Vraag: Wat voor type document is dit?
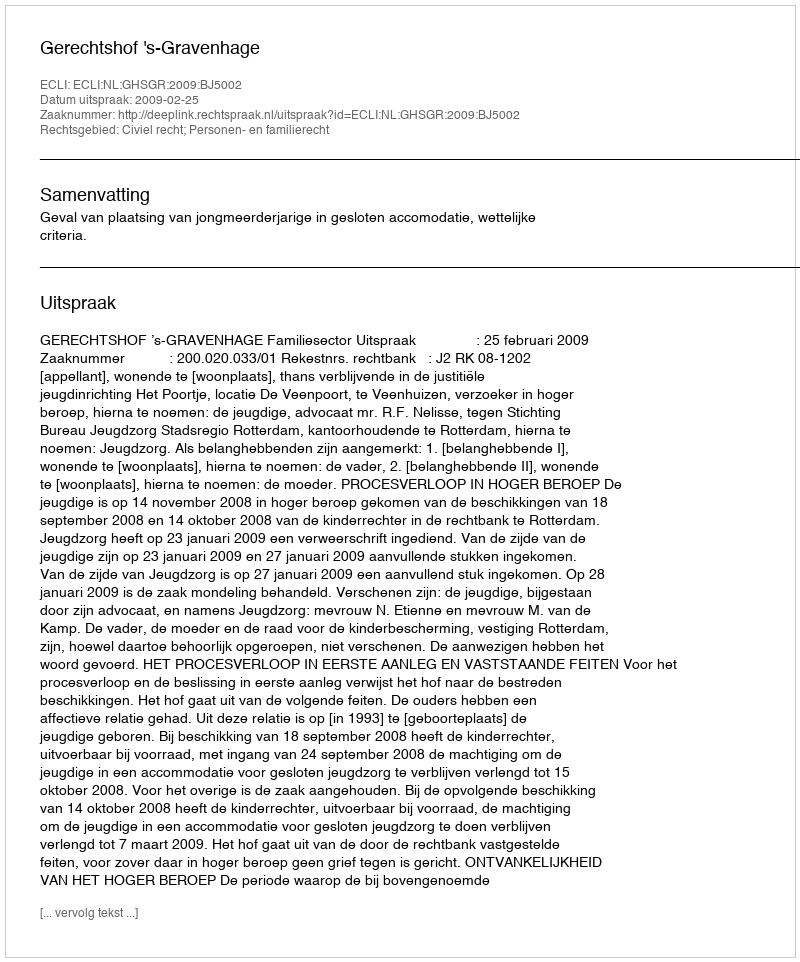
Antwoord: Uitspraak